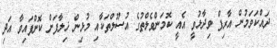
ދައްކަވަމުން އާރިފް ވިދާޅުވީ އެއީ ކޮމަންވެލްތުގެ އުސޫލްތަކާއި މުޅިން ޚިލާފަށް ކޮށްފައިވާ އަދި